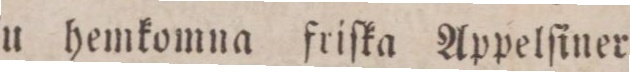
Nu hemkomna friſka Appelſiner